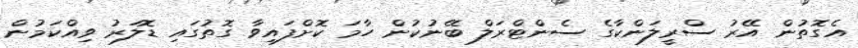
އެގޮތުން އޭރު ސްރީލަންކާގެ ސެންޓްރަލް ބޭނުކުން ހާމަ ކޮށްފައިވާ ގޮތުގައި ޑޮލަރު ވިއްކަމުން